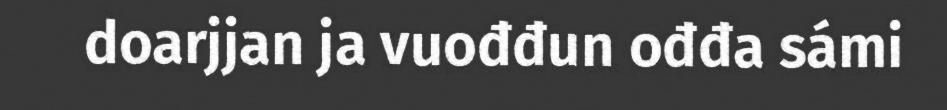
doarjjan ja vuođđun ođđa sámi